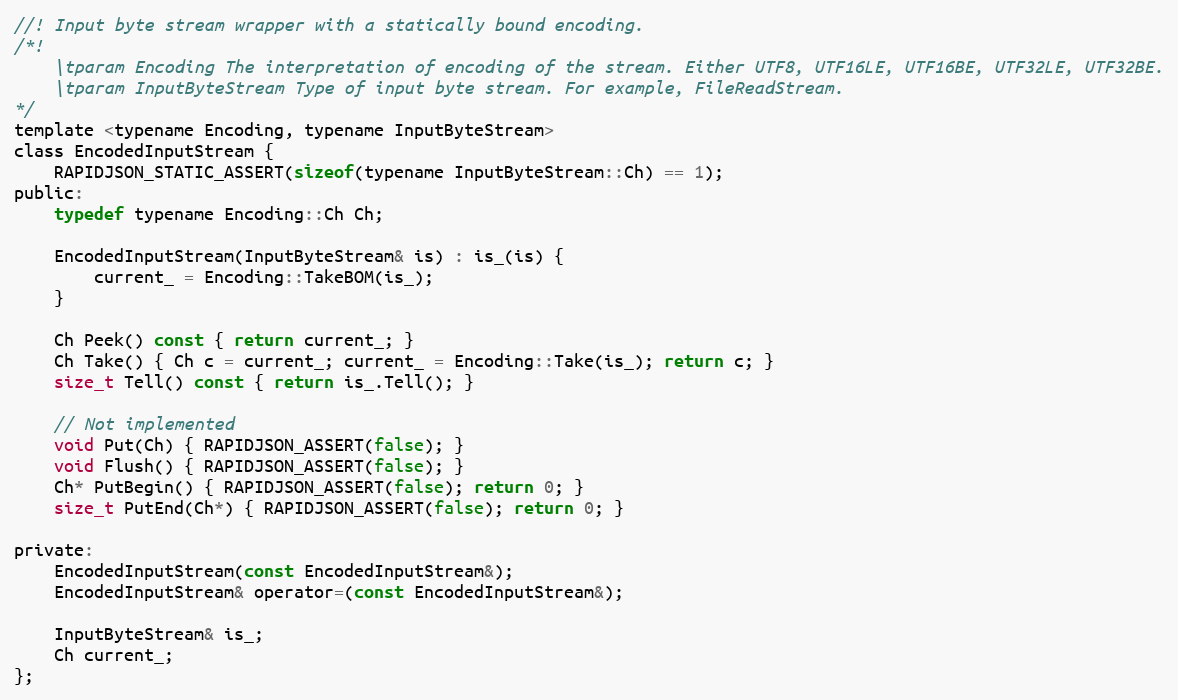
Language: C
//! Input byte stream wrapper with a statically bound encoding.
/*!
    \tparam Encoding The interpretation of encoding of the stream. Either UTF8, UTF16LE, UTF16BE, UTF32LE, UTF32BE.
    \tparam InputByteStream Type of input byte stream. For example, FileReadStream.
*/
template <typename Encoding, typename InputByteStream>
class EncodedInputStream {
    RAPIDJSON_STATIC_ASSERT(sizeof(typename InputByteStream::Ch) == 1);
public:
    typedef typename Encoding::Ch Ch;

    EncodedInputStream(InputByteStream& is) : is_(is) {
        current_ = Encoding::TakeBOM(is_);
    }

    Ch Peek() const { return current_; }
    Ch Take() { Ch c = current_; current_ = Encoding::Take(is_); return c; }
    size_t Tell() const { return is_.Tell(); }

    // Not implemented
    void Put(Ch) { RAPIDJSON_ASSERT(false); }
    void Flush() { RAPIDJSON_ASSERT(false); }
    Ch* PutBegin() { RAPIDJSON_ASSERT(false); return 0; }
    size_t PutEnd(Ch*) { RAPIDJSON_ASSERT(false); return 0; }

private:
    EncodedInputStream(const EncodedInputStream&);
    EncodedInputStream& operator=(const EncodedInputStream&);

    InputByteStream& is_;
    Ch current_;
};